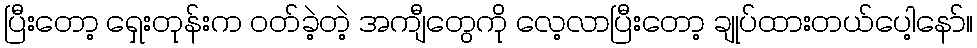
ပြီးတော့ ရှေးတုန်းက ဝတ်ခဲ့တဲ့ အကျီတွေကို လေ့လာပြီးတော့ ချုပ်ထားတယ်ပေါ့နော်။